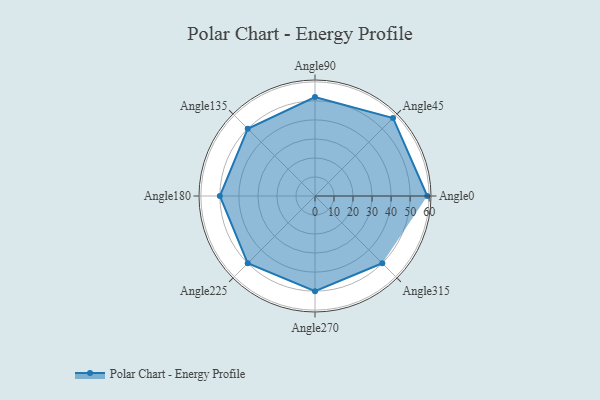
{"axis": {"x": "Angle", "y": "Radius"}, "legend": [""], "data": [{"x": "Angle0", "y": 59.0, "type": ""}, {"x": "Angle45", "y": 58.0, "type": ""}, {"x": "Angle90", "y": 52.0, "type": ""}, {"x": "Angle135", "y": 50, "type": ""}, {"x": "Angle180", "y": 50, "type": ""}, {"x": "Angle225", "y": 50, "type": ""}, {"x": "Angle270", "y": 50, "type": ""}, {"x": "Angle315", "y": 50, "type": ""}]}